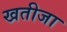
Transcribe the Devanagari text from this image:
खतीजा